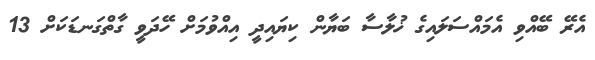
އެރޭ ބޭއްވި އެމައްސަލައިގެ ޚުލާސާ ބަޔާން ކިޔައިދީ އިއްވުމަށް ހޭދަވީ ގާތްގަނޑަކަށް 13